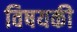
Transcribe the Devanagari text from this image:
विषयकी